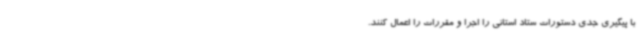
با پیگیری جدی دستورات ستاد استانی را اجرا و مقررات را اعمال کنند.